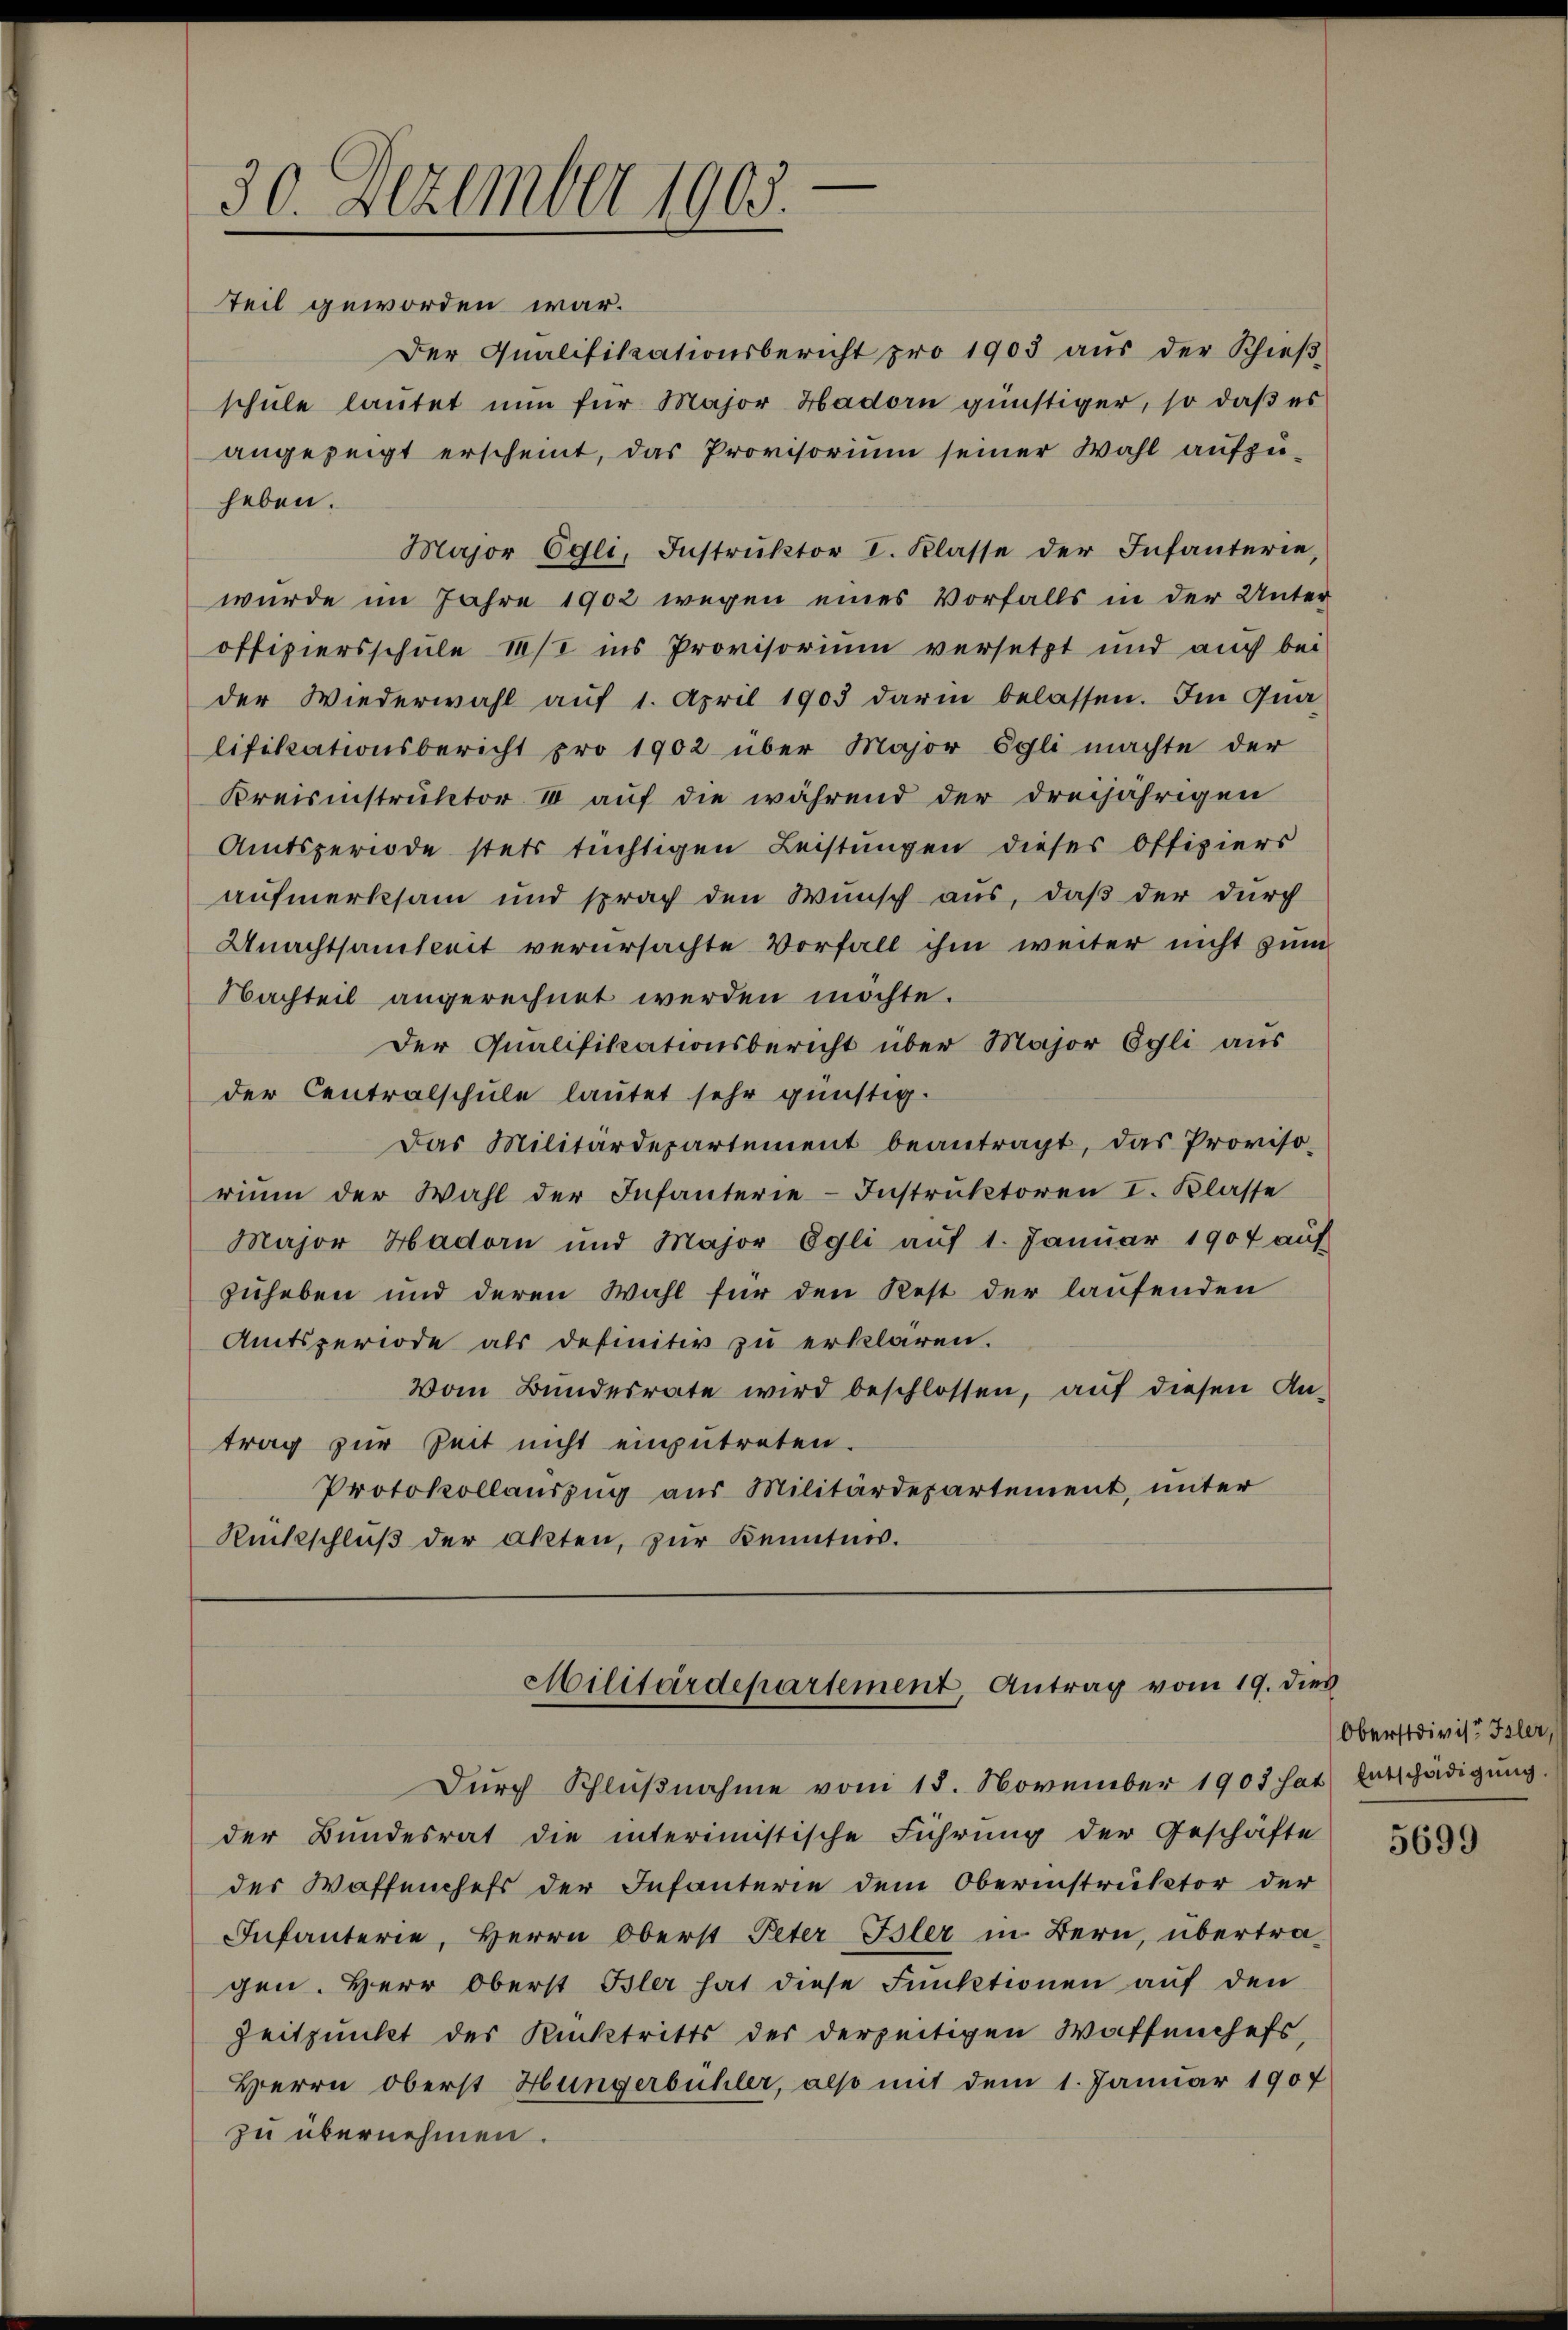
7
.
30. Dezember 190.
teil geworden war.

Der Qualifikationsbericht pro 1903 aŭs der Schieβ-
schule lautet nun für Major Hadorn günstiger, so daß es
angezeigt erscheint, das Provisorium seiner Wahl aufzuheben.
Major Egli, Instrŭktor I. Klasse der Infanterie,
wurde im Jahre 1902 wegen eines Vorfalls in der Unter
offiziersschule ist ins Provisorium versetzt und auch bei
der Wiederwahl aŭf 1. April 1903 darin belassen. Im Qua-
lifikationsbericht pro 1902 über Major Egli machte der
Kreisinstruktor IV auf die während der dreijährigen
Amtsperiode stets tüchtigen Leistungen dieses Offiziers
aufmerksam und sprach den Wunsch aus, daß der durch
Unachtsamkeit verursachte Vorfall ihm weiter nicht zum
Nachteil angerechnet werden möchte.
Der Qualifikationsbericht über Major Egli aus
der Centralschule lautet sehr günstig.
Das Militärdepartement beantragt, das Proviso-
riŭm der Wahl der Infanterie-Instruktoren I. Klasse
Major Hadorn und Major Egli aŭf 1. Janŭar 1907 aŭf
zuheben und deren Wahl für den Rest der laufenden
Amtsperiode als definitiv zu erklären.
Vom Bundesrate wird beschlossen, auf diesen An-
trag zur Zeit nicht einzutreten.
Protokollauszug aus Militärdepartement, unter
Rückschluß der Akten, zur Kenntnis.

Militärdepartement, Antrag vom 19. dies

Durch Schlußnahme vom 18. November 1903 hat) Entschädigung
der Bundesrat die interimistische Führung der Geschäfte
der Waffenchefs der Infanterie dem Oberinstruktor der
Infanterie, Herrn Oberst Peter Isler in Bern, übertragen. Herr Oberst Isler hat diese Funktionen auf den
Zeitpunkt des Rücktritts der derzeitigen Waffenchefs,
Herrn Oberst Hungerbühler, also mit dem 1. Januar 1907
zu übernehmen.

Oberstdivist Isle

5699